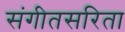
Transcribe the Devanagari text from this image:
संगीतसरिता